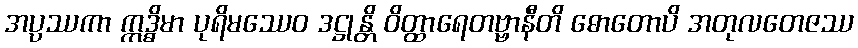
အပ္ပဿကာ ဣဒ္ဓိမာ ပုရိမဿေဝ ဒဋ္ဌုန္တိ ဝိတ္ထာရေတဗ္ဗာနီတိ ဓောတောပိ အတုလတေဇဿ